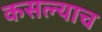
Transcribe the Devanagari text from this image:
कसल्याच